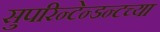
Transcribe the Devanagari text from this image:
सुपरिन्टेन्डन्टच्या